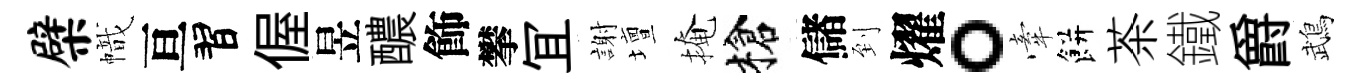
檗幟亘習偓昱醲飾攀冝謝壇掩槍儲到燿。牽餅茶鐵爵鵡